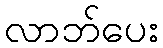
လာဘ်ပေး